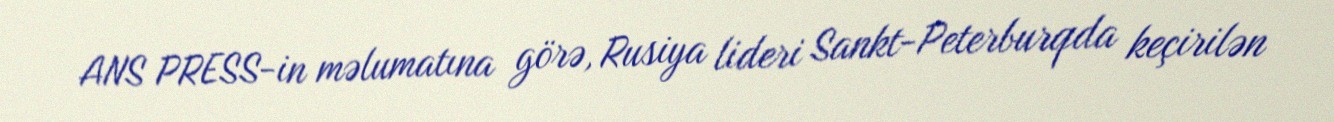
ANS PRESS-in məlumatına görə, Rusiya lideri Sankt-Peterburqda keçirilən